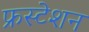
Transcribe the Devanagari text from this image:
फ्रस्टेशन